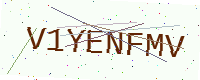
Text: V1YENFMV